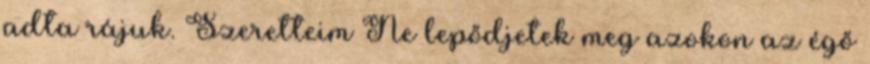
adta rájuk. Szeretteim Ne lepődjetek meg azokon az égő